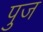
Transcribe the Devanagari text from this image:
पुज